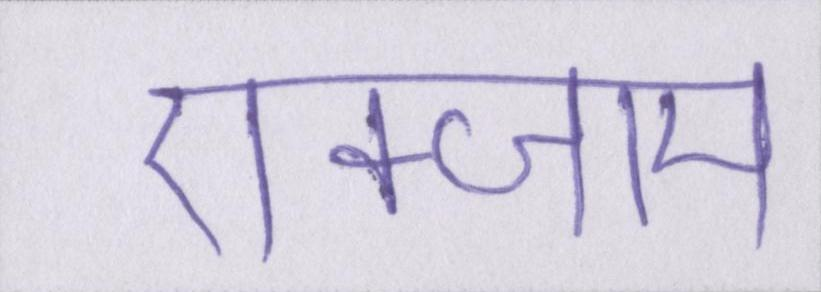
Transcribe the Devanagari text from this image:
एक्जाम